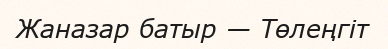
Жаназар батыр — Төлеңгіт